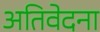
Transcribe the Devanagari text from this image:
अतिवेदना